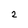
Character: 2